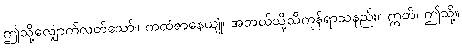
ဤသို့လျှောက်လတ်သော်။ ကထံဇာနေယျုံ၊ အဘယ်သို့သိကုန်ရာသနည်း။ ဣတိ၊ ဤသို့။